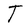
Character: T